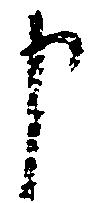
申